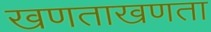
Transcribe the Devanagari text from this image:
खणताखणता